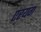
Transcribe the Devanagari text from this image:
एरयंग